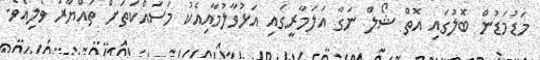
މަޑުމަޑުން ބޮލުގައި އޮތް ޝޯލް ނަގާ އަލަމާރީގައި އަޅުވާލުމާއިއެކު މަސައްކަތަށް ތައްޔާރު ވެލިއެވެ.